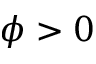
\phi > 0